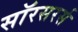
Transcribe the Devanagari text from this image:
सॉरसरर्स